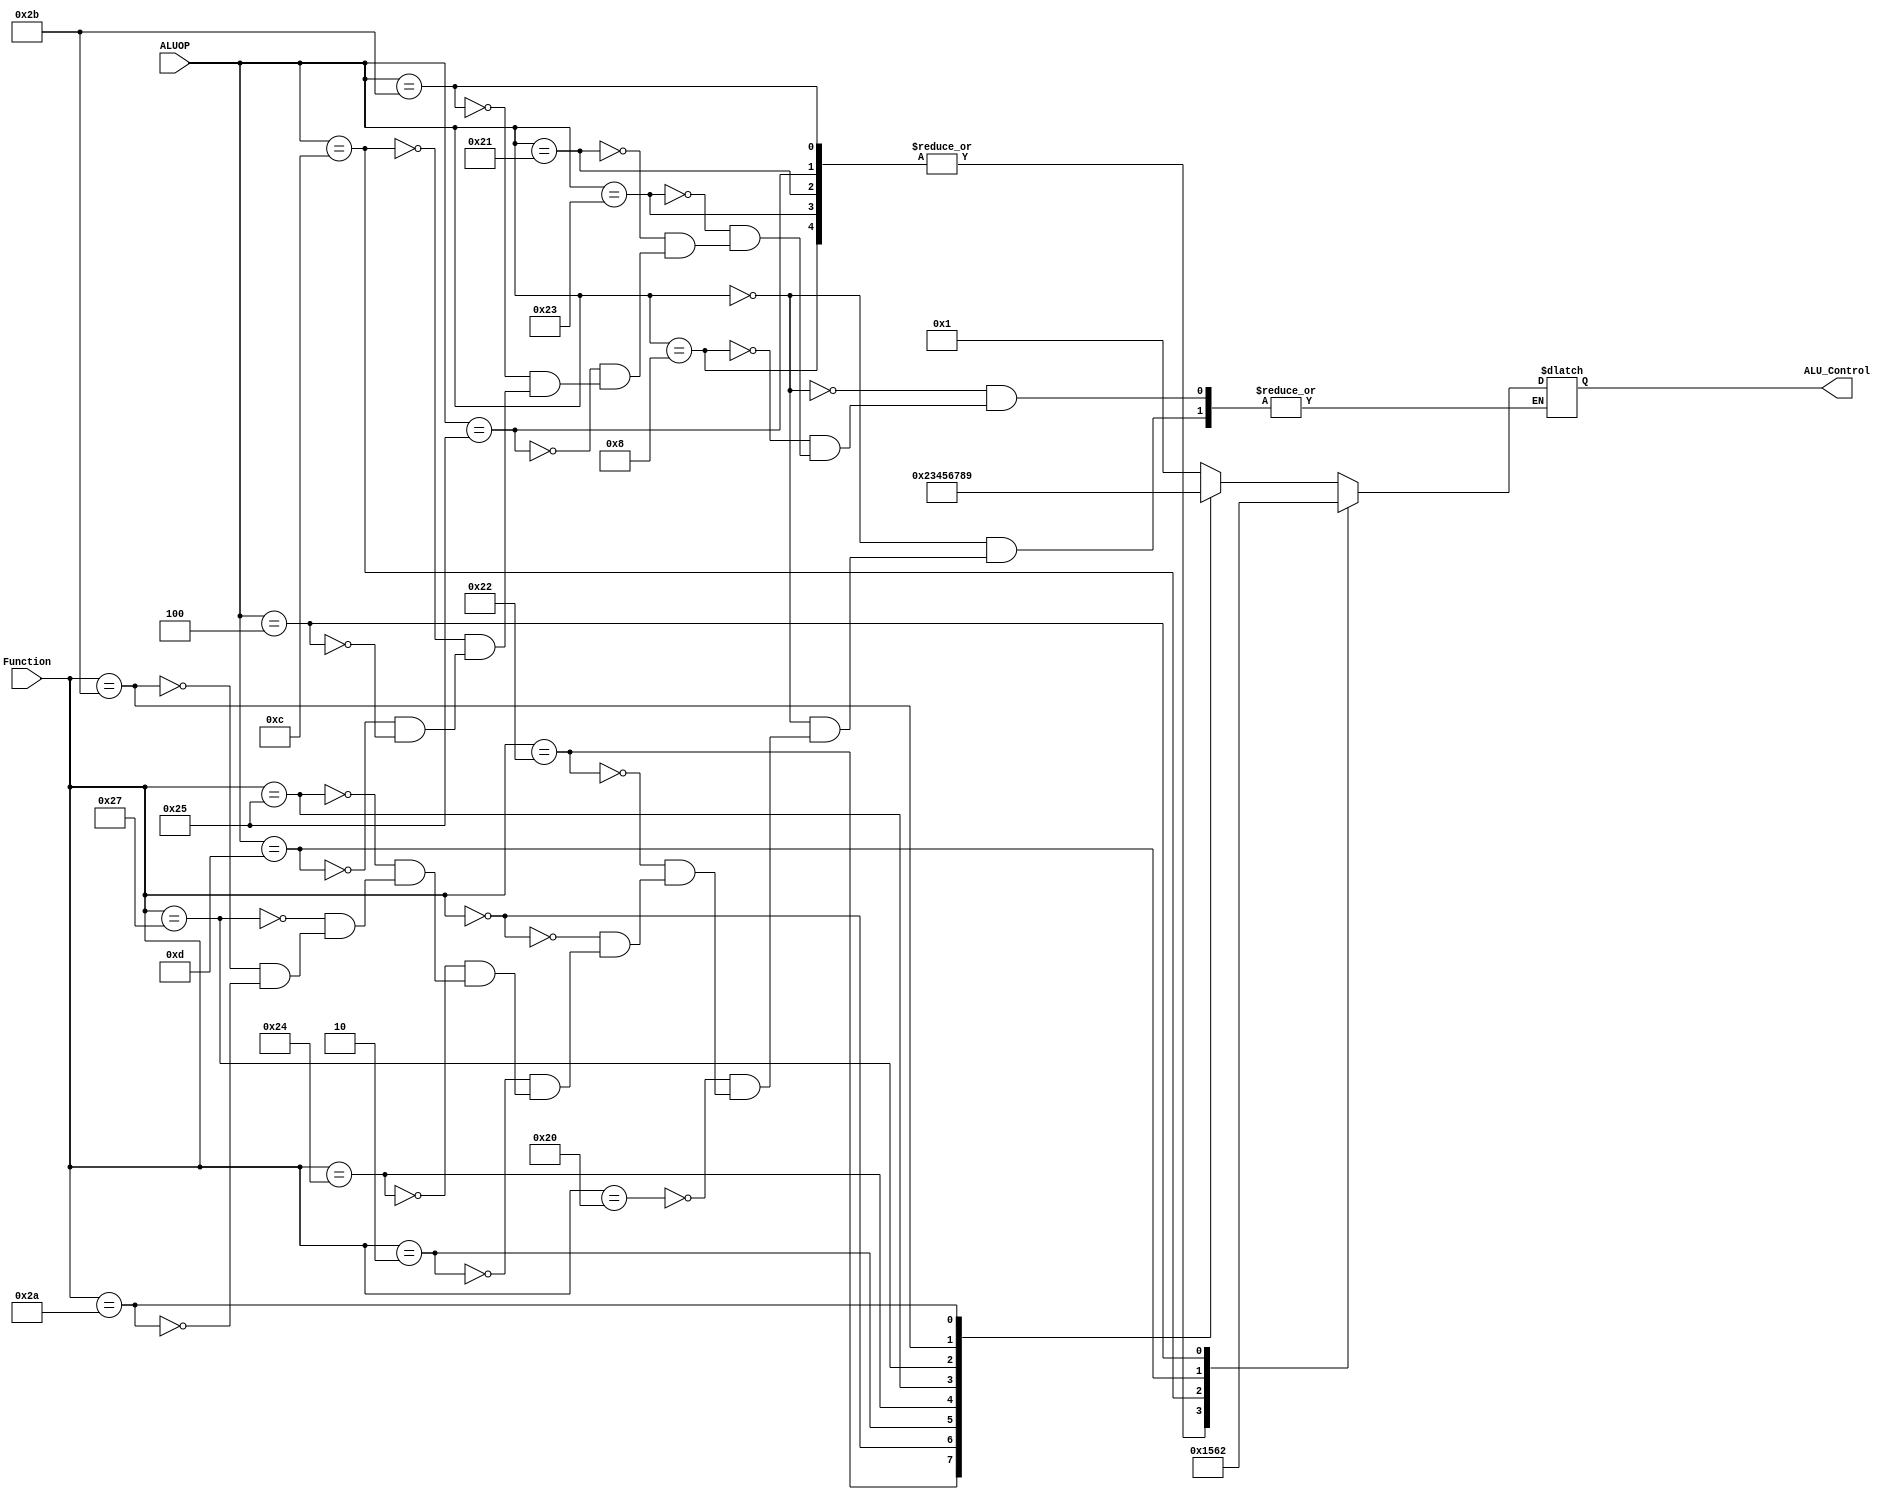
module ALU_Controller(ALU_Control,ALUOP,Function);
output reg [3:0] ALU_Control;
input wire [5:0] ALUOP;
input wire [5:0] Function;

always @ (ALUOP,Function)
begin
	case(ALUOP)
		6'h0: // R-type instructions: Look at 'Funct' field
		begin
			case(Function)
				6'h20: ALU_Control = 4'd1;	// ADD
				6'h22: ALU_Control = 4'd2;	// SUB
				6'h0: ALU_Control = 4'd3;	// SLL
				6'h2: ALU_Control = 4'd4;	// SRL
				6'h24: ALU_Control = 4'd5;	// AND
				6'h25: ALU_Control = 4'd6;	// OR
				6'h27: ALU_Control = 4'd7;	// NOR
				6'h2B: ALU_Control = 4'd8;	// SLTU
				6'h2A: ALU_Control = 4'd9;	// SLT
			endcase
		end
		6'h8: ALU_Control = 4'd1;	// ADDI = ADD
		6'h23: ALU_Control = 4'd1;	// LW = ADD
		6'h21: ALU_Control = 4'd1;	// LH = ADD
		6'h25: ALU_Control = 4'd1;	// LHU = ADD
		6'h2B: ALU_Control = 4'd1;	// SW = ADD
		6'hC : ALU_Control = 4'd5;	// ANDI = AND
		6'hD : ALU_Control = 4'd6;	// ORI = OR
		6'h4 : ALU_Control = 4'd2;	// BEQ = SUB
		

	endcase
		
end  

endmodule